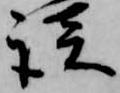
談